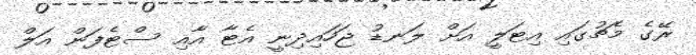
ރޭގެ މެޗުގައި އިޓަލީ އަށް ލަނޑު ޖަހައިދިނީ އެޓާ އާއި ސްޓެފަން އަލް